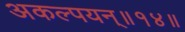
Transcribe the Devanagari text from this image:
अकल्पयन्॥१४॥